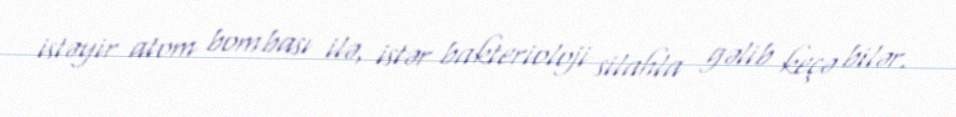
istəyir atom bombası ilə, istər bakterioloji silahla gəlib keçə bilər.